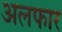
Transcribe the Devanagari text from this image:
अलफार